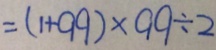
= ( 1 + 9 9 ) \times 9 9 \div 2